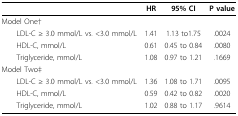
<table><thead><tr><td></td><td><b>HR</b></td><td><b>95% CI</b></td><td><b>P value</b></td></tr></thead><tbody><tr><td>Model One†</td><td></td><td></td><td></td></tr><tr><td> LDL-C ≥ 3.0 mmol/L vs. &lt;3.0 mmol/L</td><td>1.41</td><td>1.13 to1.75</td><td>.0024</td></tr><tr><td> HDL-C, mmol/L</td><td>0.61</td><td>0.45 to 0.84</td><td>.0080</td></tr><tr><td> Triglyceride, mmol/L</td><td>1.08</td><td>0.97 to 1.21</td><td>.1669</td></tr><tr><td>Model Two‡</td><td></td><td></td><td></td></tr><tr><td> LDL-C ≥ 3.0 mmol/L vs. &lt;3.0 mmol/L</td><td>1.36</td><td>1.08 to 1.71</td><td>.0095</td></tr><tr><td> HDL-C, mmol/L</td><td>0.59</td><td>0.42 to 0.82</td><td>.0020</td></tr><tr><td> Triglyceride, mmol/L</td><td>1.02</td><td>0.88 to 1.17</td><td>.9614</td></tr></tbody></table>